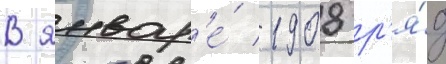
В январ'е́ 1908 р'я́д